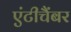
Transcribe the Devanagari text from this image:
एंटीचैंबर